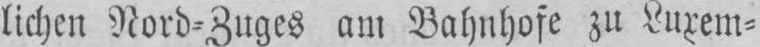
lichen Nord⸗Zuges am Bahnhofe zu Luxem⸗